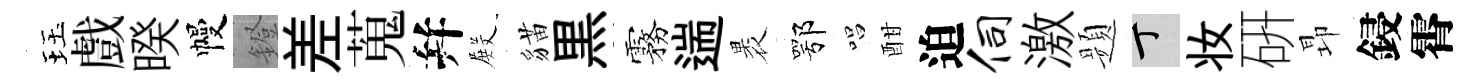
珏戲暌幔鐙差蒐幷𭮺貓黒霧遄褁鄂唱酣迫伺激题丁妆硏昻鋟霄